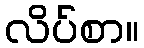
လိပ်စာ။